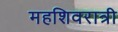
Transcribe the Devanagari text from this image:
महशिवरात्री